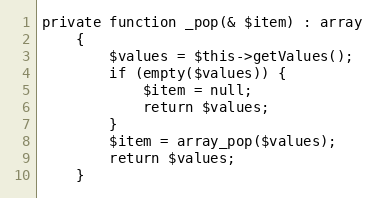
Language: PHP
private function _pop(& $item) : array
    {
        $values = $this->getValues();
        if (empty($values)) {
            $item = null;
            return $values;
        }
        $item = array_pop($values);
        return $values;
    }